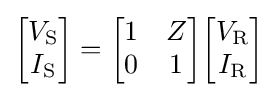
{\begin{bmatrix}V_{\mathrm {S} }\\I_{\mathrm {S} }\\\end{bmatrix}}={\begin{bmatrix}1&Z\\0&1\\\end{bmatrix}}{\begin{bmatrix}V_{\mathrm {R} }\\I_{\mathrm {R} }\\\end{bmatrix}}